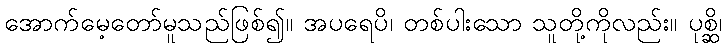
အောက်မေ့တော်မူသည်ဖြစ်၍။ အပရေပိ၊ တစ်ပါးသော သူတို့ကိုလည်း။ ပုစ္ဆိ၊